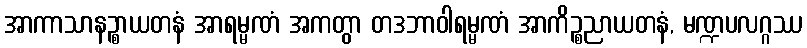
အာကာသာနဉ္စာယတနံ အာရမ္မဏံ အကတွာ တဒဘာဝါရမ္မဏံ အာကိဉ္စညာယတနံ, မဏ္ဍပလဂ္ဂဿ